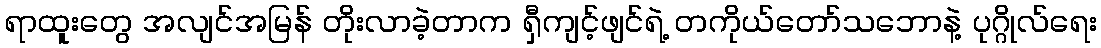
ရာထူးတွေ အလျင်အမြန် တိုးလာခဲ့တာက ရှီကျင့်ဖျင်ရဲ့ တကိုယ်တော်သဘောနဲ့ ပုဂ္ဂိုလ်ရေး